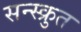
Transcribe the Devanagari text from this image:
सन्स्क्रुत